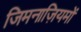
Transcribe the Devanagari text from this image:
जिमनाज़ियमों